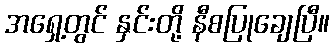
အရှေ့တွင် နှင်းတို့ နီစပြုချေပြီ။